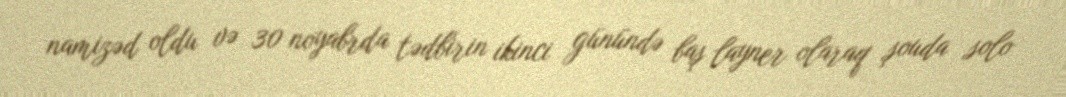
namizəd oldu və 30 noyabrda tədbirin ikinci günündə baş layner olaraq şouda solo